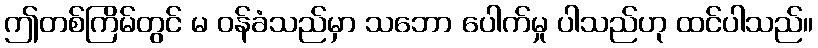
ဤတစ်ကြိမ်တွင် မ ဝန်ခံသည်မှာ သဘော ပေါက်မှု ပါသည်ဟု ထင်ပါသည်။